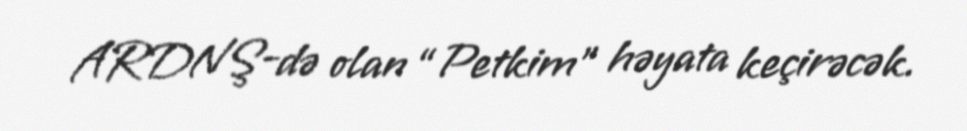
ARDNŞ-də olan “Petkim” həyata keçirəcək.